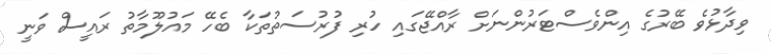
ވިދާޅުވެ ބޭރުގެ އިންވެސްޓަރުންނަށް ރާއްޖޭގައި ހުރި ފުރުސަތުތަކާ ބެހޭ މައުލޫމާތު ރައީސް ވަނީ